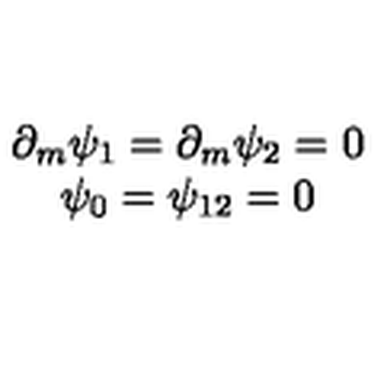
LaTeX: \begin{array} { c } { \partial _ { m } \psi _ { 1 } = \partial _ { m } \psi _ { 2 } = 0 } \\ { \psi _ { 0 } = \psi _ { 1 2 } = 0 } \\ \end{array}